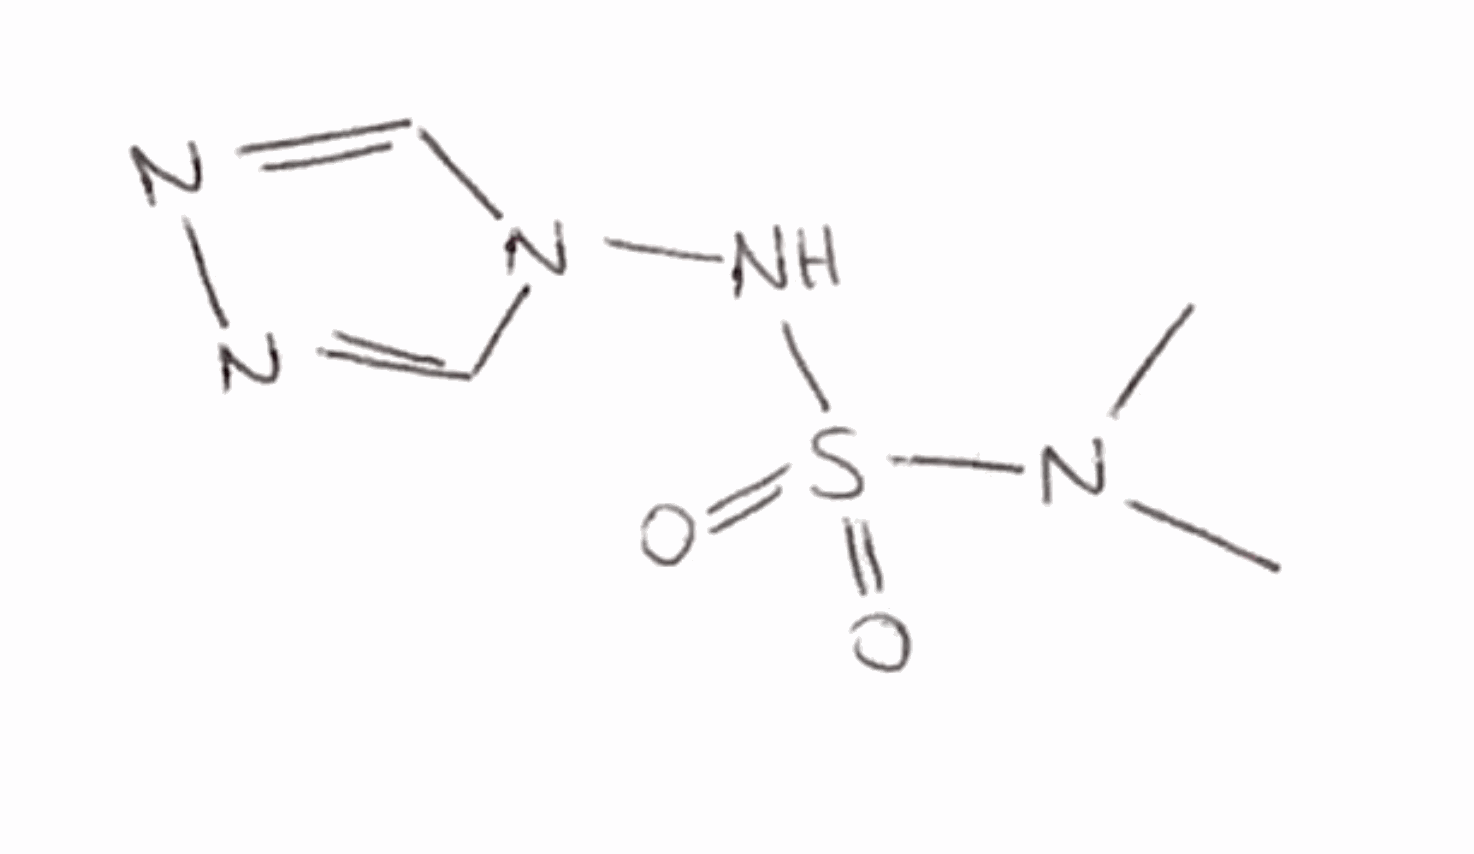
Simplified molecular-input line-entry system (SMILES) notation of the given molecule:
CN(C)S(=O)(=O)NN1C=NN=C1